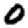
Digit: 0